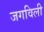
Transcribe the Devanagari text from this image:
जगविली